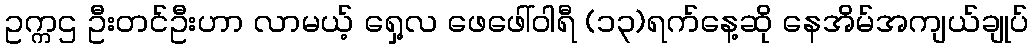
ဥက္ကဌ ဦးတင်ဦးဟာ လာမယ့် ရှေ့လ ဖေဖေါ်ဝါရီ (၁၃)ရက်နေ့ဆို နေအိမ်အကျယ်ချုပ်